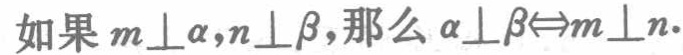
如果\(m\perp\alpha,n\perp\beta\)，那么\(\alpha\perp\beta\Leftrightarrow m\perp n\)